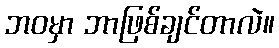
ဘဝမှာ ဘာဖြစ်ချင်တာလဲ။